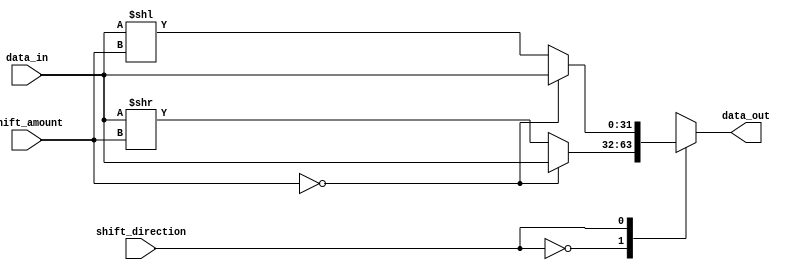
module BarrelShifter (
    input wire [31:0] data_in, // Input binary number
    input wire [4:0] shift_amount, // Number of positions to shift
    input wire shift_direction, // 0 for right shift, 1 for left shift
    output reg [31:0] data_out // Shifted output
);

always @(*) begin
    case(shift_direction)
        0: data_out = (shift_amount == 0) ? data_in : (data_in >> shift_amount); // Right shift
        1: data_out = (shift_amount == 0) ? data_in : (data_in << shift_amount); // Left shift
        default: data_out = data_in;
    endcase
end

endmodule